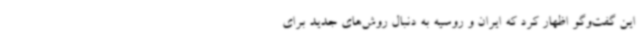
این گفت‌وگو اظهار کرد که ایران و روسیه به دنبال روش‌های جدید برای